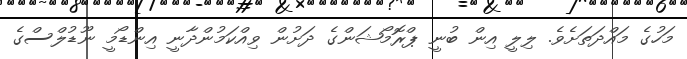
މަހުގެ މައްދަތަށެވެ. ލިލީ އިން ބުނީ ޕްރޮމޯޝަންގެ ދަށުން ވިއްކަމުންދާނީ އިންޑޯމީ ނޫޑުލްސްގެ